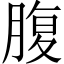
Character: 腹